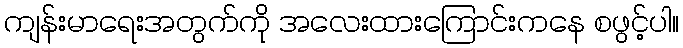
ကျန်းမာရေးအတွက်ကို အလေးထားကြောင်းကနေ စဖွင့်ပါ။